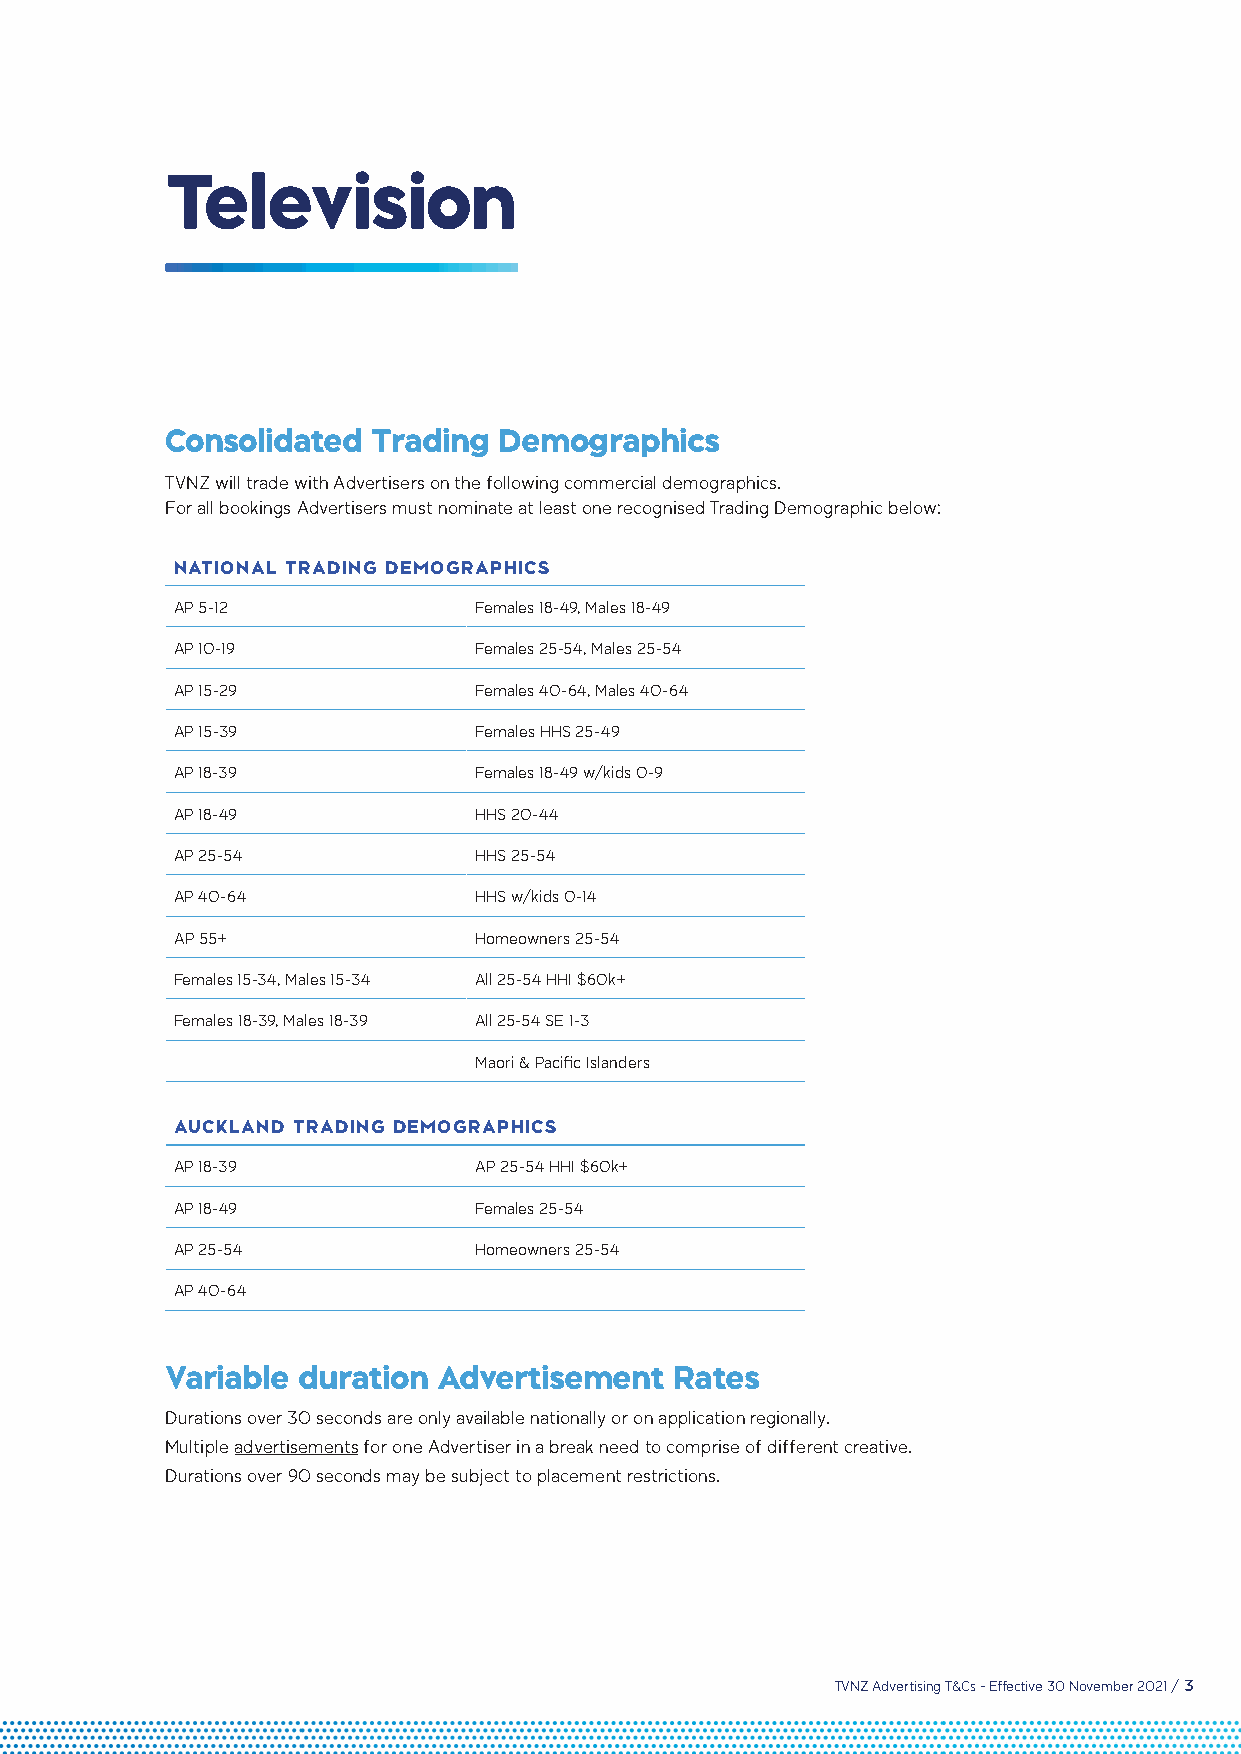
Television
 Consolidated  Trading Demographics
 TVNZ will trade with Advertisers on the following commercial demographics.
 For all bookings Advertisers must nominate at least one recognised Trading Demographic below:
 NATIONAL TRADING DEMOGRAPHICS
 AP 5-12             Females 18-49, Males 18-49
 AP 10-19            Females 25-54, Males 25-54
 AP 15-29            Females 40-64, Males 40-64
 AP 15-39            Females HHS 25-49
 AP 18-39            Females 18-49 w/kids 0-9
 AP 18-49            HHS 20-44
 AP 25-54            HHS 25-54
 AP 40-64            HHS w/kids 0-14
 AP 55+              Homeowners 25-54
 Females 15-34, Males 15-34 All 25-54 HHI $60k+
 Females 18-39, Males 18-39 All 25-54 SE 1-3
 Maori & Pacific Islanders
 AUCKLAND TRADING DEMOGRAPHICS
 AP 18-39            AP 25-54 HHI $60k+
 AP 18-49            Females 25-54
 AP 25-54            Homeowners 25-54
 AP 40-64
 Variable duration Advertisement   Rates
 Durations over 30 seconds are only available nationally or on application regionally.
 Multiple advertisements for one Advertiser in a break need to comprise of different creative.
 Durations over 90 seconds may be subject to placement restrictions.
 TVNZ Advertising T&Cs - Effective 30 November 2021 / 3